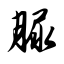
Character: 脲